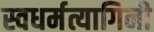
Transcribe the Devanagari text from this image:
स्वधर्मत्यागिनी